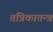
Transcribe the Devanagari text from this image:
तंत्रिकातन्त्र